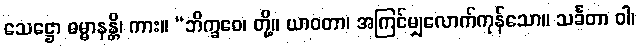
သေဋ္ဌော ဓမ္မာနန္တိ၊ ကား။ “ဘိက္ခဝေ၊ တို့။ ယာဝတာ၊ အကြင်မျှလောက်ကုန်သော။ သင်္ခတာ ဝါ၊